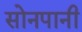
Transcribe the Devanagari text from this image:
सोनपानी